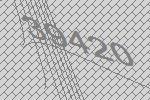
39420